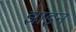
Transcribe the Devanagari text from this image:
झाइन